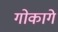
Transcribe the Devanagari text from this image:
गोकागे